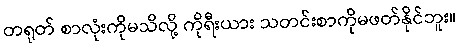
တရုတ် စာလုံးကိုမသိလို့ ကိုရီးယား သတင်းစာကိုမဖတ်နိုင်ဘူး။